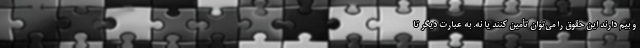
و بیم دارند این حقوق را می‌توان تأمین کنند یا نه. به عبارت دیگر تا